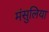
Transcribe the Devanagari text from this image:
मंसुलिया